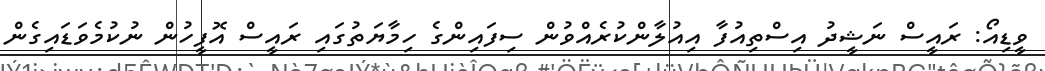
ވީޑިއޯ: ރައީސް ނަޝީދު އިސްތިއުފާ އިއުލާންކުރެއްވުން ސިފައިންގެ ހިމާޔަތުގައި ރައީސް އޮފީހުން ނުކުމެވަޑައިގެން